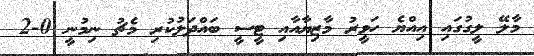
މާލޭ ލީގުގައި އިއްޔެ ހަވީރު މާޒިޔާއާއި ޓީސީ ބައްދަލުކުރި މެޗު ނިމުނީ 0-2